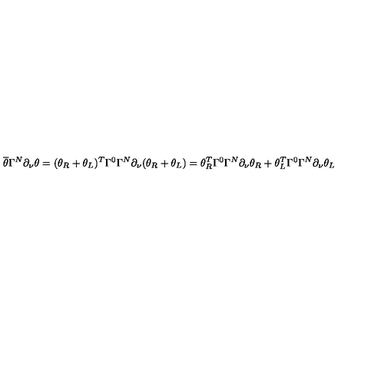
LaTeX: \overline { { \theta } } \Gamma ^ { N } \partial _ { \nu } \theta = ( \theta _ { R } + \theta _ { L } ) ^ { T } \Gamma ^ { 0 } \Gamma ^ { N } \partial _ { \nu } ( \theta _ { R } + \theta _ { L } ) = \theta _ { R } ^ { T } \Gamma ^ { 0 } \Gamma ^ { N } \partial _ { \nu } \theta _ { R } + \theta _ { L } ^ { T } \Gamma ^ { 0 } \Gamma ^ { N } \partial _ { \nu } \theta _ { L }